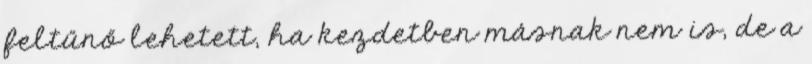
feltűnő lehetett, ha kezdetben másnak nem is, de a